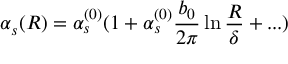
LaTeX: \alpha _ { s } ( R ) = \alpha _ { s } ^ { ( 0 ) } ( 1 + \alpha _ { s } ^ { ( 0 ) } \frac { b _ { 0 } } { 2 \pi } \ln \frac { R } { \delta } + . . . )